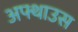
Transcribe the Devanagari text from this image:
अफ्थाउस